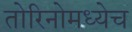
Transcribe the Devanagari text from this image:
तोरिनोमध्येच